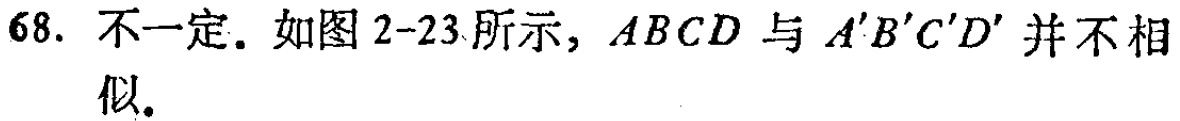
68. 不一定. 如图2-23所示, \(ABCD\) 与 \(A'B'C'D'\) 并不相似.